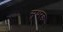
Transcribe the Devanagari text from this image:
सुधरक